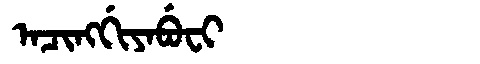
Manchu: ᠠᠴᡳᠩᡤᡳᠶᠠᠪᡠᠸᡳ
Romanization: ACINGGIYABUFI